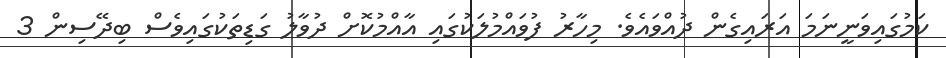
ކަމުގައިވަނީނަމަ އަރައިގެން ދުއްވައެވެ. މިހާރު ފުވައްމުލަކުގައި އާއްމުކޮށް ދުވާލު ގަޑިތަކުގައިވެސް ބިދޭސިން 3